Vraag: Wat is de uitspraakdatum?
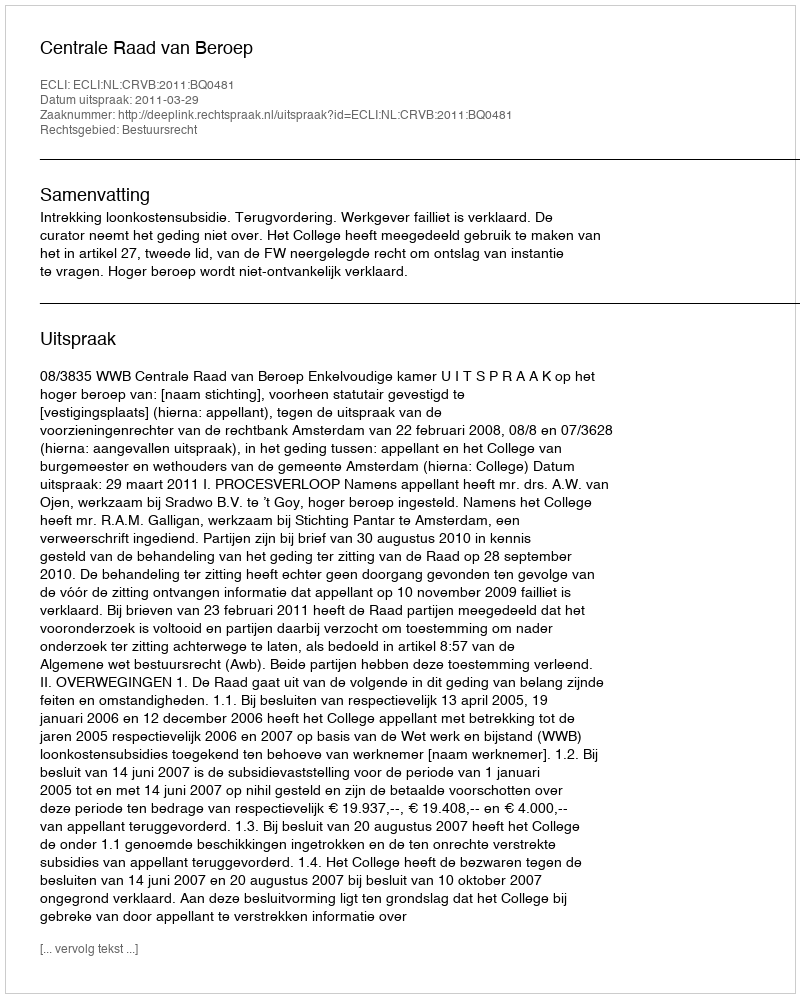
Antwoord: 2011-03-29